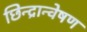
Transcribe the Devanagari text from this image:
छिन्द्रान्वेषण